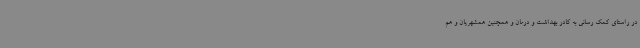
در راستای کمک رسانی به کادر بهداشت و درمان و همچنین همشهریان و هم